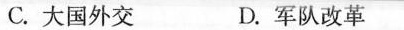
C.大国外交 D.军队改革